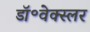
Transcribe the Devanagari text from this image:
डॉ॰वेक्स्लर